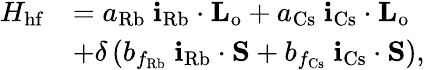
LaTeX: \begin{array}{rl}{H_{\mathrm{hf}}}&{=a_{\mathrm{Rb}}\ \mathbf{i}_{\mathrm{Rb}}\cdot\mathbf{L_{\mathrm{o}}}+a_{\mathrm{Cs}}\ \mathbf{i}_{\mathrm{Cs}}\cdot\mathbf{L_{\mathrm{o}}}}\\ &{+\delta\left(b_{f_{\mathrm{Rb}}}\ \mathbf{i}_{\mathrm{Rb}}\cdot\mathbf{S}+b_{f_{\mathrm{Cs}}}\ \mathbf{i}_{\mathrm{Cs}}\cdot\mathbf{S}\right),}\end{array}